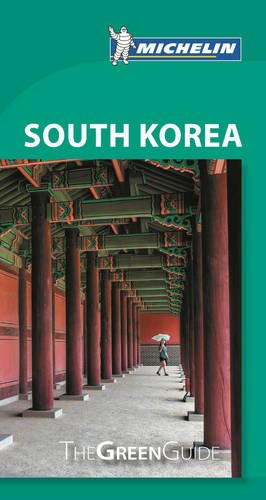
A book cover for Michelin Green Guide South Korea (Green Guide/Michelin); Michelin Travel & Lifestyle; Travel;